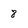
Character: 8